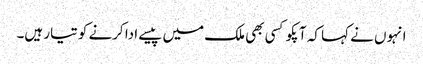
انہوں نے کہا کہ آپکو کسی بھی ملک میں پیسے ادا کرنے کو تیار ہیں۔